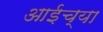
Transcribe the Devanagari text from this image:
आईच्‍या